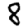
Digit: 8